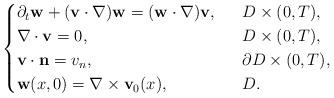
LaTeX: \begin{align*}\begin{cases}\partial_t\mathbf{w}+(\mathbf{v}\cdot \nabla)\mathbf{w}=(\mathbf{w}\cdot \nabla)\mathbf{v},\ \ &D\times (0,T),\\\nabla\cdot \mathbf{v}=0,\ \ &D\times (0,T),\\\mathbf{v}\cdot \mathbf{n}=v_n,\ \ &\partial D\times (0,T),\\\mathbf{w}(x, 0)=\nabla\times \mathbf{v}_0(x), \ \ &D.\end{cases}\end{align*}